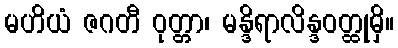
မဟိယံ ဇဂတီ ဝုတ္တာ၊ မန္ဒိရာလိန္ဒဝတ္ထုမှိ။